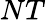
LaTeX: NT